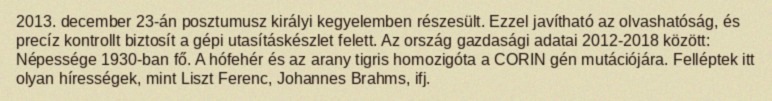
2013. december 23-án posztumusz királyi kegyelemben részesült. Ezzel javítható az olvashatóság, és precíz kontrollt biztosít a gépi utasításkészlet felett. Az ország gazdasági adatai 2012-2018 között: Népessége 1930-ban fő. A hófehér és az arany tigris homozigóta a CORIN gén mutációjára. Felléptek itt olyan hírességek, mint Liszt Ferenc, Johannes Brahms, ifj.